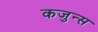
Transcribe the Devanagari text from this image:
कजुन्स